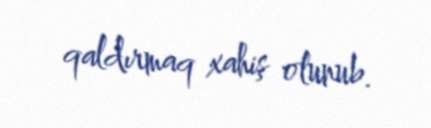
qaldırmaq xahiş olunub.